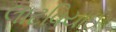
લાટવિયાઈ